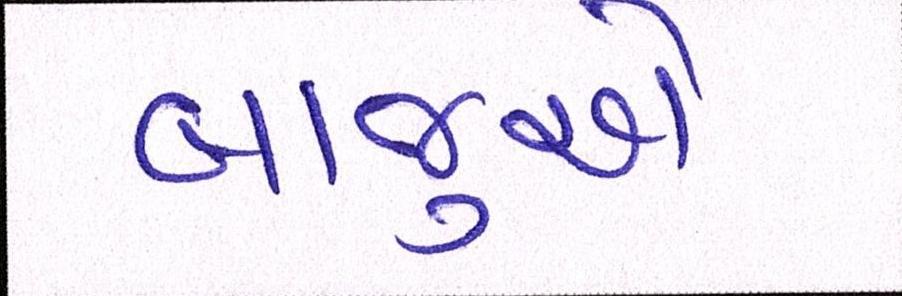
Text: બાજુએ